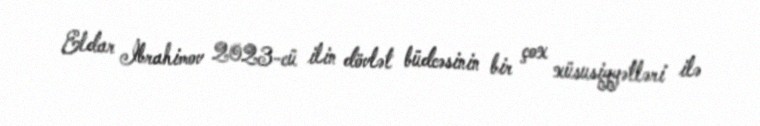
Eldar İbrahimov 2023-cü ilin dövlət büdcəsinin bir çox xüsusiyyətləri ilə